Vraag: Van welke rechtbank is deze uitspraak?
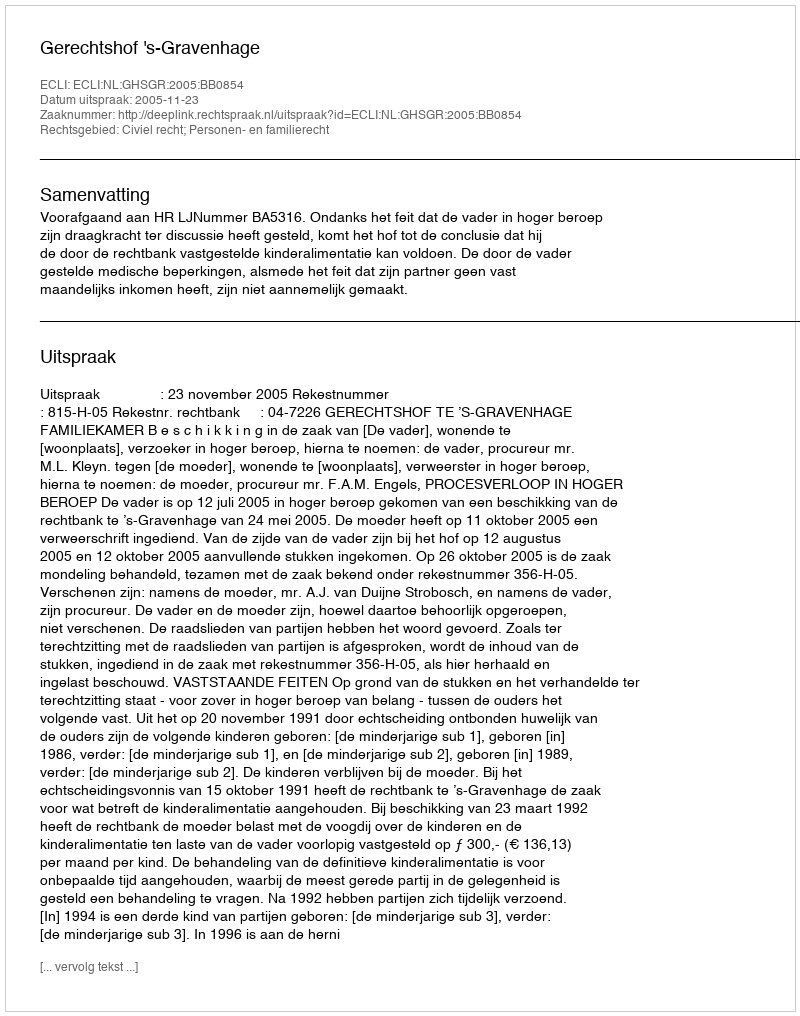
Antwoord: Gerechtshof 's-Gravenhage